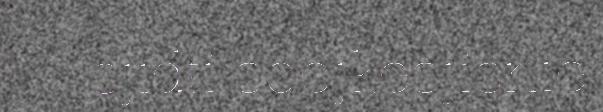
sjïdti soejkesjisnie.